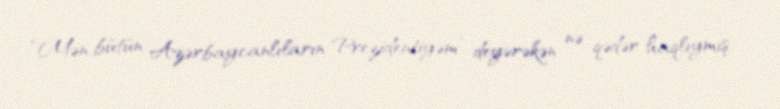
“Mən bütün Azərbaycanlıların Prezidentiyəm” deyərəkən nə qədər haqlıymış.